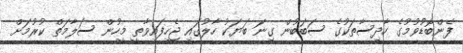
ފެންބޮޑުވުމުގެ ހާދިސާތަކުގެ ސަބަބުން ގިނަ ބަޔަކު ހާލުގައި ޖެހިފައިވާތީ މީހުން ސަލާމަތް ކުރުމަށް